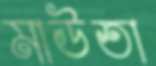
মাউতা